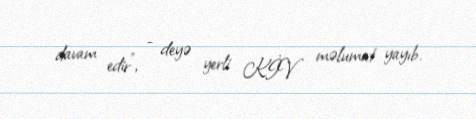
davam edir", - deyə yerli KİV məlumat yayıb.